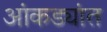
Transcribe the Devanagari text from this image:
आंकड्यांत